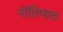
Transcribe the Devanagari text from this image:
नीतिपाठ